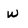
Character: w